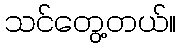
သင်တွေ့တယ်။